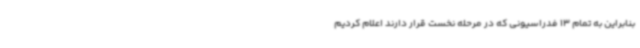
بنابراین به تمام 13 فدراسیونی که در مرحله نخست قرار دارند اعلام کردیم